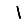
Digit: 1